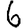
Digit: 6